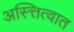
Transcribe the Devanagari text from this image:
अस्त्तित्वात